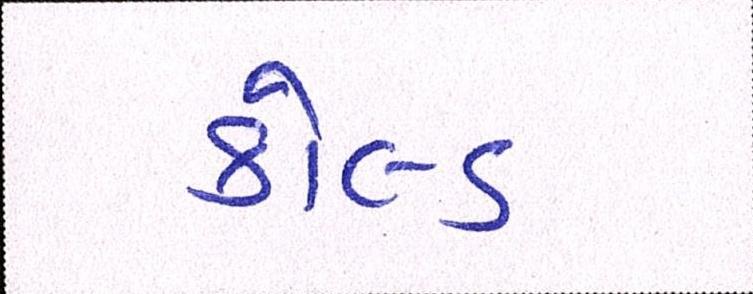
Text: કોલ્ડ